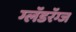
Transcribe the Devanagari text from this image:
ग्लॅडरॅग्ज